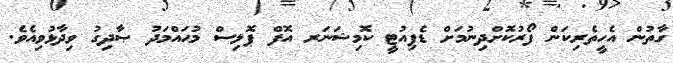
ގާތުން އެހީތެރިކަން ފޯރުކޮށްދިނުމަށް ޑެޕިއުޓީ ކޮމިޝަނަރ އޮފް ޕޮލިސް މުޙައްމަދު ޞާދިގު ވިދާޅުވިއެވެ.